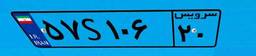
۵۷S۱۰۶۲۰